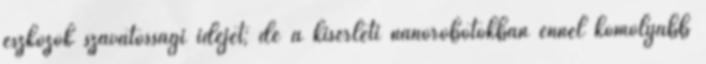
eszközök szavatossági idejét; de a kísérleti nanorobotokban ennél komolyabb